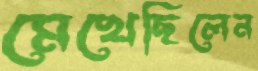
মেখেছিলেন